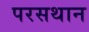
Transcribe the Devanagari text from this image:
परसथान